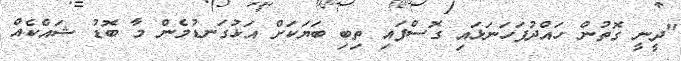
"ދީނީ ގޮތުން ހައްދުފަހަނަޅައި ގޮސްފައި ތިބި ބަޔަކަށް އަޅުގަނޑުމެން މާ ބޮޑު ޝައްކެއް